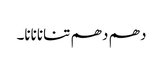
دھم دھم تنانانانا۔